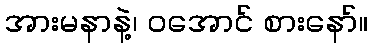
အားမနာနဲ့၊ ဝအောင် စားနော်။